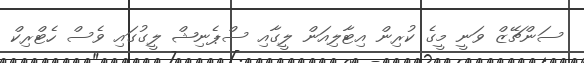
ސަންޗޭޒް ވަނީ މީގެ ކުރިން އިޓާލިއަން ލީގާއި ސްޕެނިޝް ލީގުގައި ވެސް ހެޓްރިކް